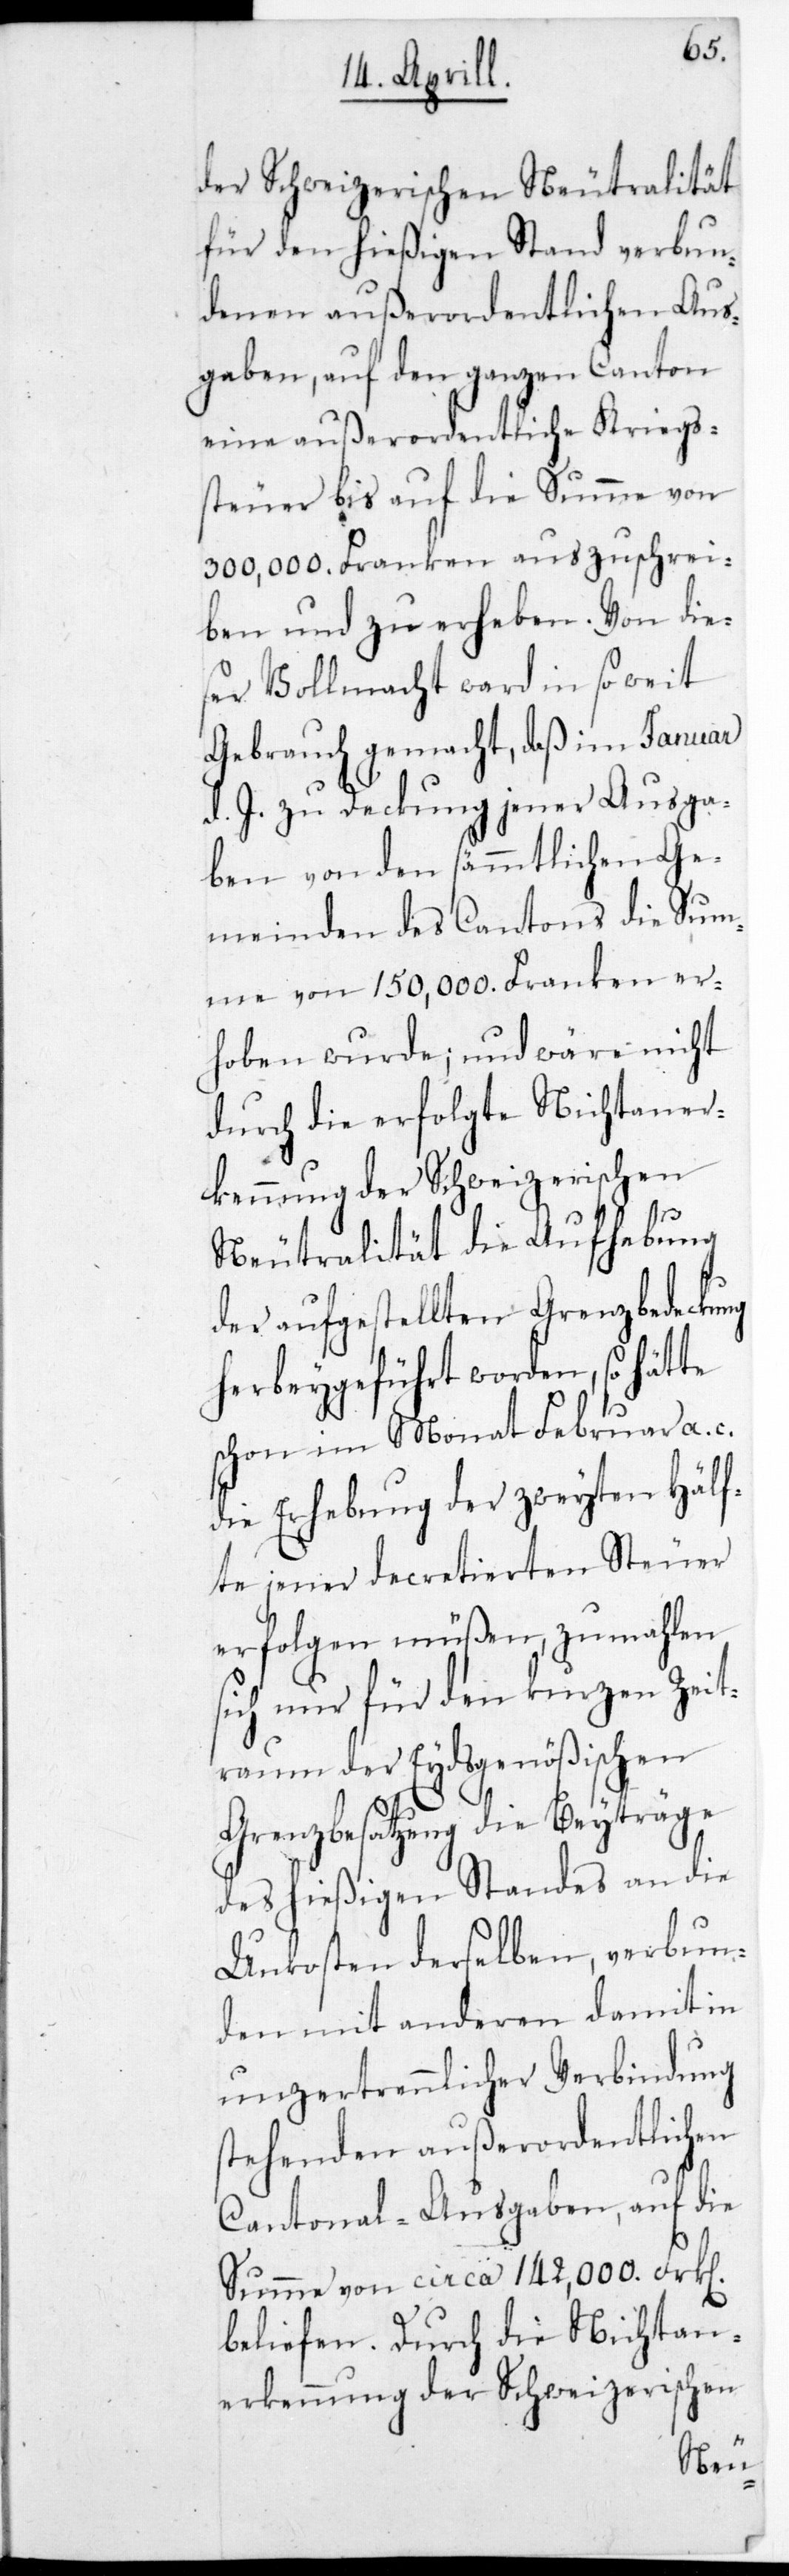
der Schweizerischen Neutralität
für den hießigen Stand verbun¬
denen außerordentlichen Aus¬
gaben, auf den ganzen Canton
eine außerordentliche Kriegs¬
steuer bis auf die Summe von
300,000. Franken auszuschrei¬
ben und zu erheben. Von die¬
ser Vollmacht ward in so weit
Gebrauch gemacht, daß im Januar
d. J. zu Deckung jener Ausga¬
ben von den sämmtlichen Ge¬
meinden des Cantons die Sum¬
me von 150,000. Franken er¬
hoben wurde, und wäre nicht
durch die erfolgte Nichtaner¬
kennung der Schweizerischen
Neutralität die Aufhebung
der aufgestellten Grenzbedeckung
herbeygeführt worden, so hätte
schon im Monat Februar a.
die Erhebung der zweyten Hälf¬
te jener decretierten Steuer
erfolgen müßen, zumahlen
sich nur für den kurzen Zeit¬
raum der Eydsgenößischen
Grenzbesatzung die Beyträge
des hießigen Standes an die
Unkosten derselben, verbun¬
den mit anderen damit in
unzertrennlicher Verbindung
stehenden außerordentlichen
Cantonal-Ausgaben, auf die
Summe von circa 142,000. Frk[en]
beliefen. Durch die Nichtan¬
erkennung der Schweizerischen